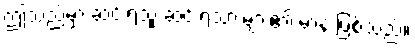
ဤသည်မှာ ဆင်းရဲသူ ဆင်းရဲသားများ၏ မာန ဖြစ်သည်။